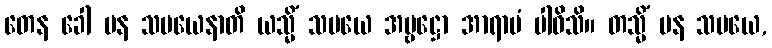
တေန ခေါ ပန သမယေနာတိ ယသ္မိံ သမယေ အမ္ဗဋ္ဌော အာရာမံ ပါဝိသိ။ တသ္မိံ ပန သမယေ,